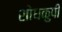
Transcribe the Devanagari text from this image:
शोधकुपी